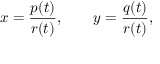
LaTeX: x = { \frac { p ( t ) } { r ( t ) } } , \qquad y = { \frac { q ( t ) } { r ( t ) } } ,